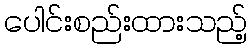
ပေါင်းစည်းထားသည့်